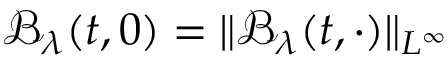
\mathcal { B } _ { \lambda } ( t , 0 ) = \| \mathcal { B } _ { \lambda } ( t , \cdot ) \| _ { L ^ { \infty } }